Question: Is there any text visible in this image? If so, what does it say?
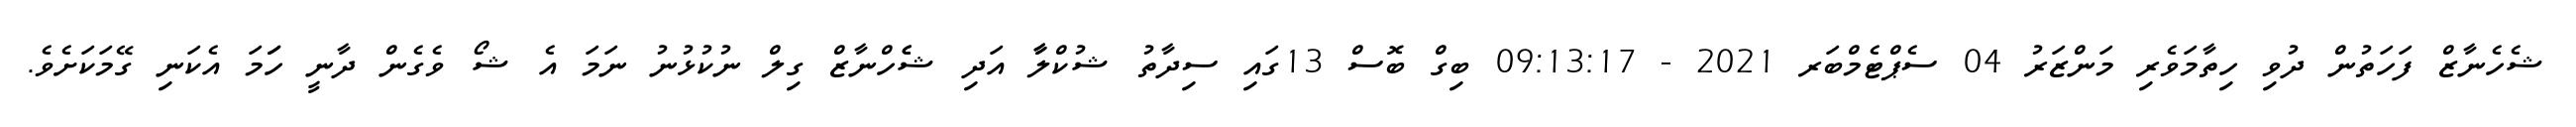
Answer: ޝެހެނާޒް ފަހަތުން ދުވި ހިތާމަވެރި މަންޒަރު 04 ސެޕްޓެމްބަރ 2021 - 09:13:17 ބިގް ބޮސް 13ގައި ސިދާތު ޝުކްލާާ އަދި ޝެެހްނާޒް ގިލް ނުކުޅުނު ނަމަ އެ ޝޯ ވެގެން ދާނީ ހަަމަ އެކަނި ގޭމަކަށެވެ.